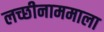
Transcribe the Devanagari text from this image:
लच्छीनाममाला